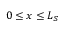
0 \leq x \leq L _ { S }